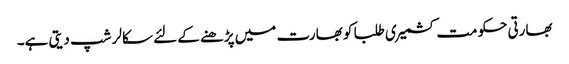
بھارتی حکومت کشمیری طلبا کو بھارت میں پڑھنے کے لئے سکالر شپ دیتی ہے۔